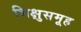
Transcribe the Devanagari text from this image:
भिक्षुसमूह